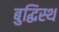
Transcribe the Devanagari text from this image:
बुद्धिस्थ